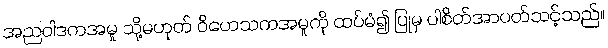
အညဝါဒကအမှု သို့မဟုတ် ဝိဟေသကအမှုကို ထပ်မံ၍ ပြုမှ ပါစိတ်အာပတ်သင့်သည်။